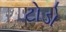
ટોડો